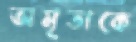
অমৃতাকে